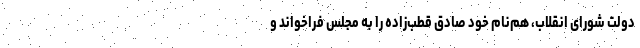
دولت شورای انقلاب، هم‌نام خود صادق قطب‌زاده را به مجلس فراخواند و